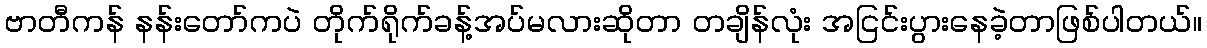
ဗာတီကန် နန်းတော်ကပဲ တိုက်ရိုက်ခန့်အပ်မလားဆိုတာ တချိန်လုံး အငြင်းပွားနေခဲ့တာဖြစ်ပါတယ်။